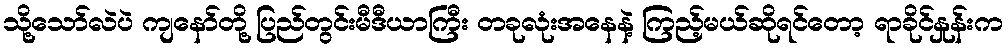
သို့သော်လဲပဲ ကျနော်တို့ ပြည်တွင်းမီဒီယာကြီး တခုလုံးအနေနဲ့ ကြည့်မယ်ဆိုရင်တော့ ရာခိုင်နှုန်းက